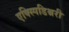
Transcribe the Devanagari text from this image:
एक्स्पिडिश्नरी